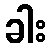
ခါး